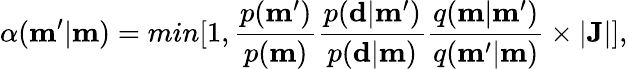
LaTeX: \alpha(\mathbf{m^{\prime}}|\mathbf{m})=min[1,\frac{p(\mathbf{m^{\prime}})}{p(\mathbf{m})}\frac{p(\mathbf{d}|\mathbf{m^{\prime}})}{p(\mathbf{d}|\mathbf{m})}\frac{q(\mathbf{m}|\mathbf{m^{\prime}})}{q(\mathbf{m^{\prime}}|\mathbf{m})}\times|\mathbf{J}|],